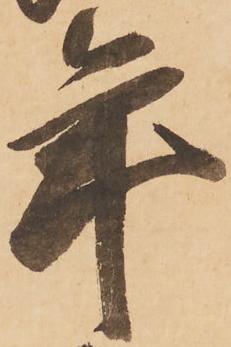
年